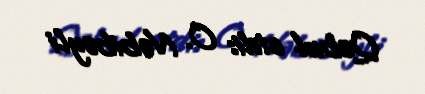
Qəbul etdi: O. Nəbibəyli